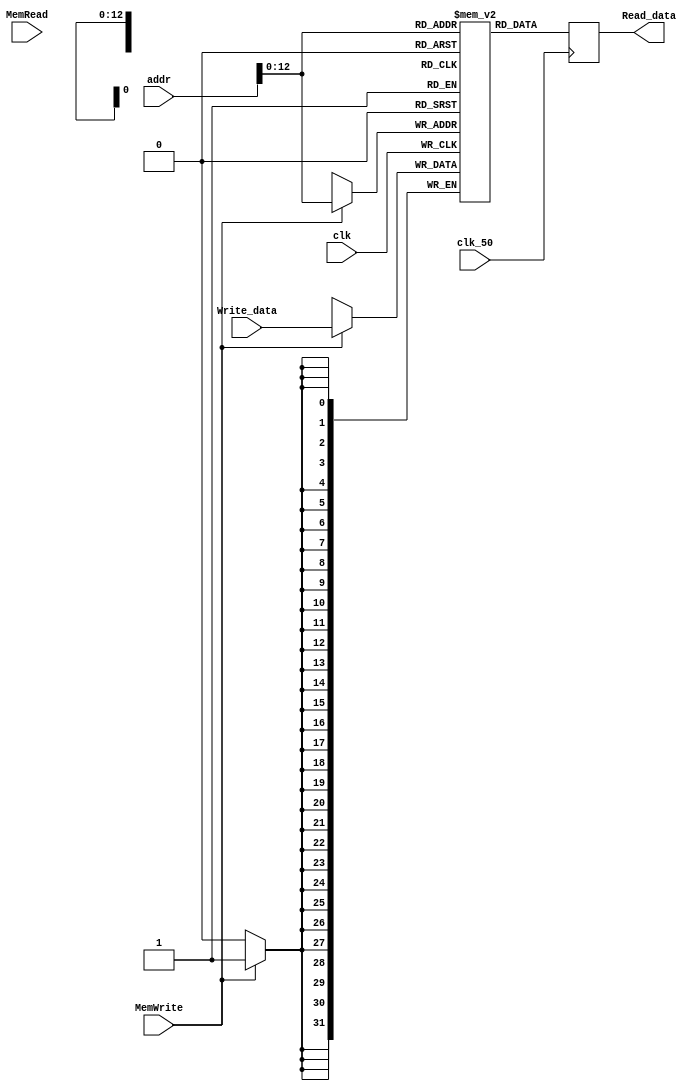
module RAM
#(parameter DATA_WIDTH=32, parameter ADDR_WIDTH=4400)
(
	input clk_50, clk,
	input [(DATA_WIDTH-1):0] addr,
	input [(DATA_WIDTH-1):0] Write_data,
	input MemWrite, MemRead,
	output reg [(DATA_WIDTH-1):0] Read_data
);

	reg [DATA_WIDTH-1:0] ram[ADDR_WIDTH:0];
	initial 
	begin : INIT
		integer i;
		for(i = 0; i < ADDR_WIDTH; i = i + 1)
			ram[i] = {DATA_WIDTH{1'b0}};
	end 

	always @ (negedge clk)
	begin
		if (MemWrite) ram[addr] <= Write_data;
	end
	
	always @ (posedge clk_50)
	begin
		Read_data <= ram[addr];
	end
endmodule